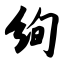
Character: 绚